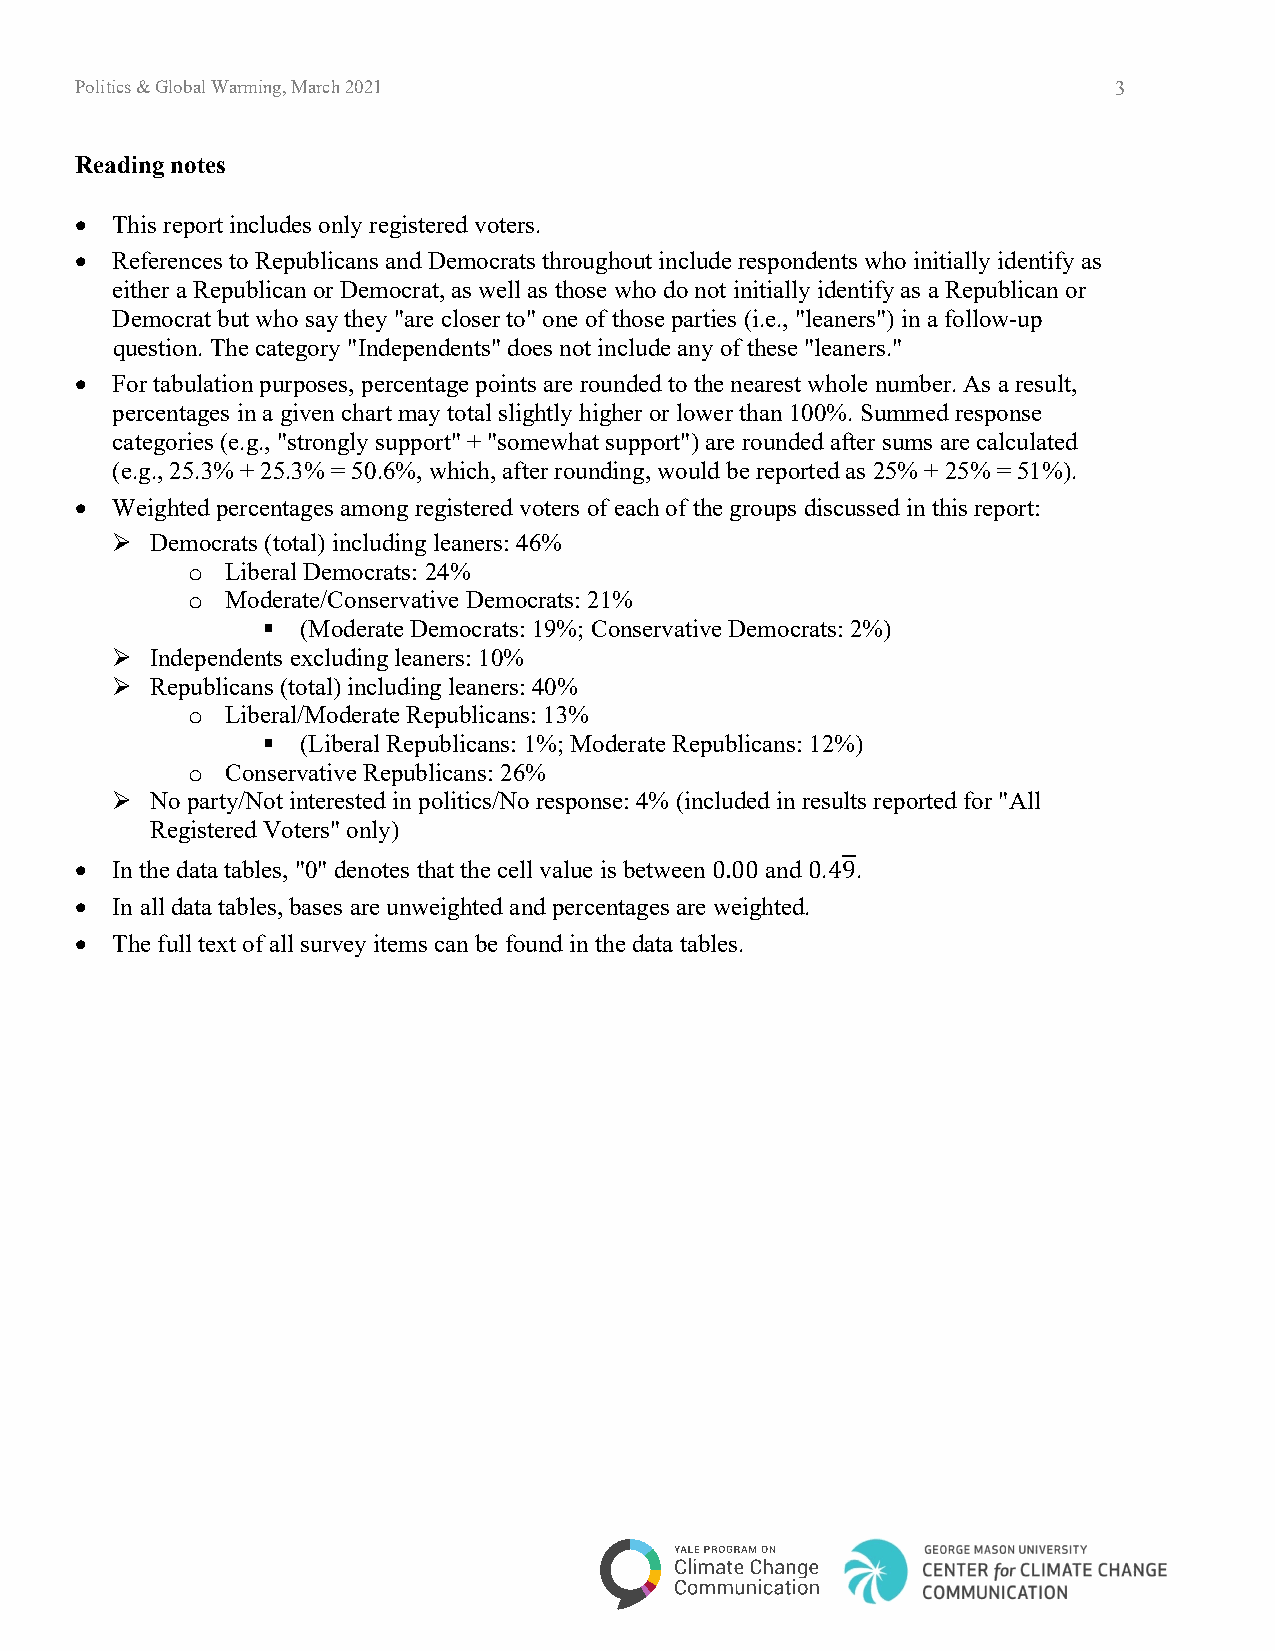
Politics & Global Warming, March 2021                                3
 Reading notes
 • This report includes only registered voters.
 • References to Republicans and Democrats throughout include respondents who initially identify as
 either a Republican or Democrat, as well as those who do not initially identify as a Republican or
 Democrat but who say they "are closer to" one of those parties (i.e., "leaners") in a follow-up
 question. The category "Independents" does not include any of these "leaners."
 • For tabulation purposes, percentage points are rounded to the nearest whole number. As a result,
 percentages in a given chart may total slightly higher or lower than 100%. Summed response
 categories (e.g., "strongly support" + "somewhat support") are rounded after sums are calculated
 (e.g., 25.3% + 25.3% = 50.6%, which, after rounding, would be reported as 25% + 25% = 51%).
 • Weighted percentages among registered voters of each of the groups discussed in this report:
   Democrats (total) including leaners: 46%
 Liberal Democrats: 24%
 o
 Moderate/Conservative Democrats: 21%
 o
   (Moderate Democrats: 19%; Conservative Democrats: 2%)
   Independents excluding leaners: 10%
   Republicans (total) including leaners: 40%
 Liberal/Moderate Republicans: 13%
 o
   (Liberal Republicans: 1%; Moderate Republicans: 12%)
 Conservative Republicans: 26%
 o
   No party/Not interested in politics/No response: 4% (included in results reported for "All
 Registered Voters" only)
 • In the data tables, "0" denotes that the cell value is between and . .
 • In all data tables, bases are unweighted and percentages are weighted.
 0.00  049
 • The full text of all survey items can be found in the data tables.